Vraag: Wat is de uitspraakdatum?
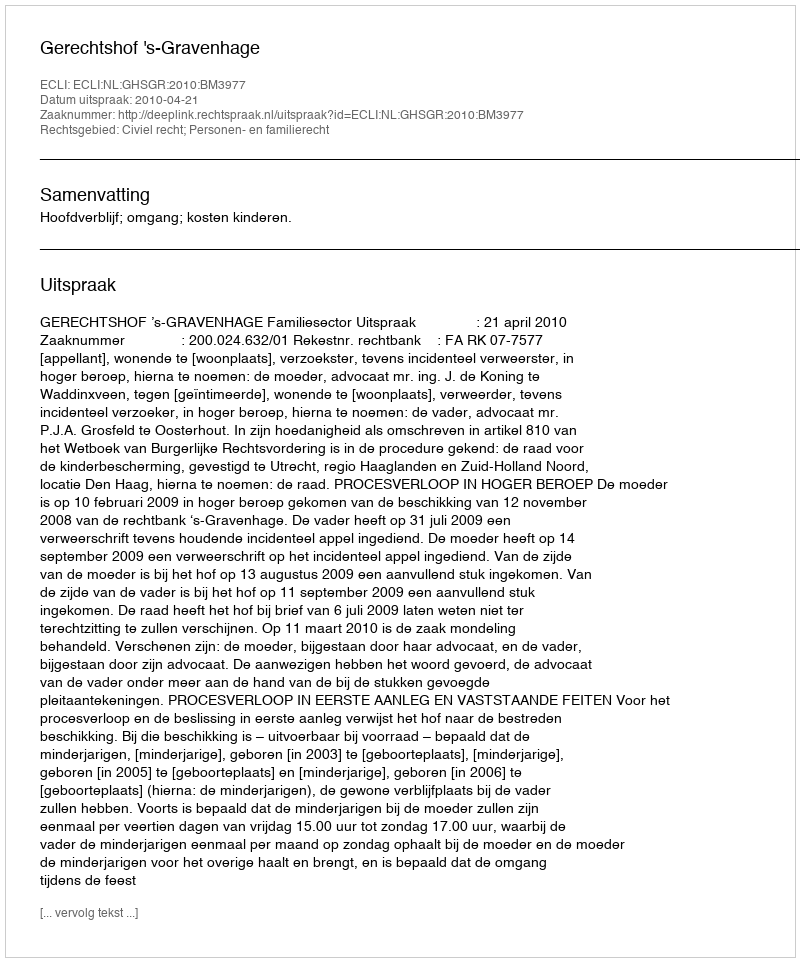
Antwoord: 2010-04-21